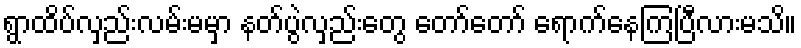
ရွာထိပ်လှည်းလမ်းမမှာ နတ်ပွဲလှည်းတွေ တော်တော် ရောက်နေကြပြီလားမသိ။